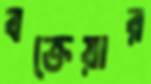
বক্তেয়ার